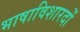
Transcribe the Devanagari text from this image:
भाषाविशारदों